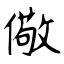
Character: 儆